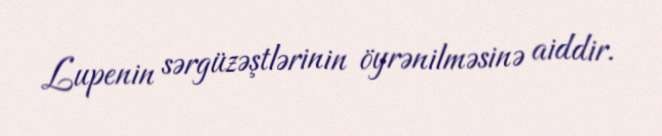
Lupenin sərgüzəştlərinin öyrənilməsinə aiddir.